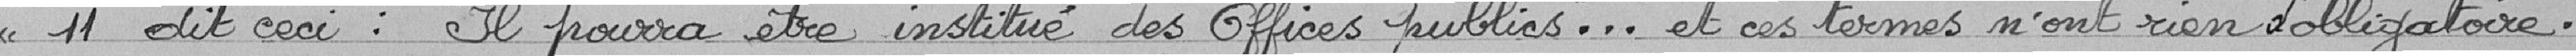
11 dit ceci : "il pourra être institué des Office publics"... et ces terme n'ont rien d'obligatoire.